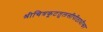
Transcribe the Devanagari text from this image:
श्रीचित्रकूटतुलसीपीठाधीश्वर